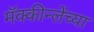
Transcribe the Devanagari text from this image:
मॅक्कीन्लेंच्या